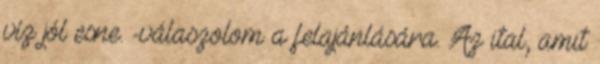
víz jól esne. -válaszolom a felajánlására. Az ital, amit